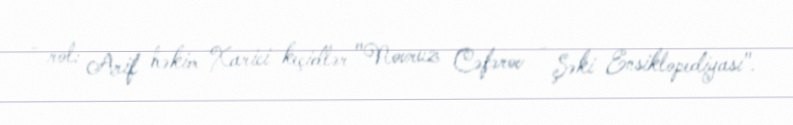
- rol: Arif həkim Xarici keçidlər "Novruz Cəfərov - Şəki Ensiklopediyası".